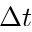
\Delta t